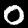
Label: 0